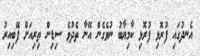
އެނދުގައި ފުރޮޅި ފުރޮޅި ކާމިޔާބު ނުވެގެން އޭނާ ތެދުވެ ސިޑިން ތިރިއަށް ފޭބިއިރު